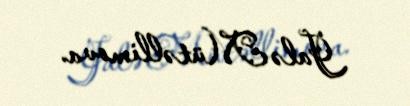
Jalə Mütəllimova.